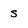
Character: s